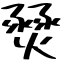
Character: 燹